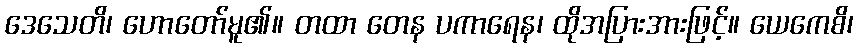
ဒေသေတိ၊ ဟောတော်မူ၏။ တထာ တေန ပကာရေန၊ ထိုအပြားအားဖြင့်။ ယေကေစိ၊